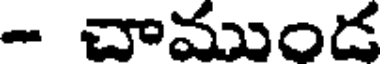
- చాముండ